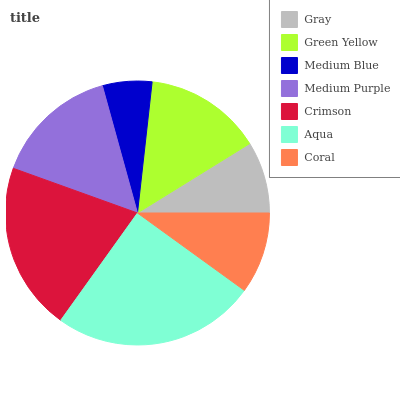
| Gray | Green Yellow | Medium Blue | Medium Purple | Crimson | Aqua | Coral |
 | --- | --- | --- | --- | --- | --- | --- |
 | 8.82% | 14.4% | 6.05% | 15.2% | 20.5% | 25% | 9.98% |